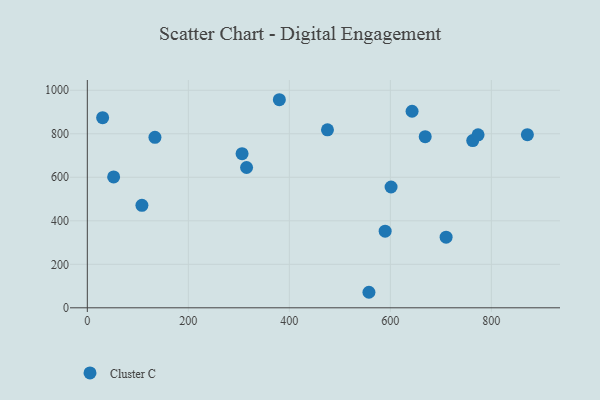
{"axis": {"x": "Ad Spend", "y": "Demand"}, "legend": ["Cluster C"], "data": [{"x": "763.1", "y": 768.7, "type": "Cluster C"}, {"x": "601.4", "y": 555.3, "type": "Cluster C"}, {"x": "669.0", "y": 786.8, "type": "Cluster C"}, {"x": "315.3", "y": 645.0, "type": "Cluster C"}, {"x": "380.2", "y": 956.5, "type": "Cluster C"}, {"x": "133.9", "y": 783.7, "type": "Cluster C"}, {"x": "589.7", "y": 352.4, "type": "Cluster C"}, {"x": "108.1", "y": 471.1, "type": "Cluster C"}, {"x": "306.4", "y": 708.4, "type": "Cluster C"}, {"x": "871.3", "y": 795.7, "type": "Cluster C"}, {"x": "710.4", "y": 324.5, "type": "Cluster C"}, {"x": "643.0", "y": 903.5, "type": "Cluster C"}, {"x": "773.7", "y": 795.0, "type": "Cluster C"}, {"x": "475.5", "y": 818.0, "type": "Cluster C"}, {"x": "52.1", "y": 601.5, "type": "Cluster C"}, {"x": "30.3", "y": 874.2, "type": "Cluster C"}, {"x": "557.6", "y": 71.4, "type": "Cluster C"}]}